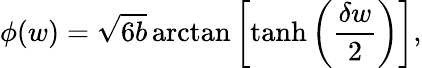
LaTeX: \phi(w)=\sqrt{6b}\arctan\left[\operatorname{tanh}\left(\frac{\delta w}{2}\right)\right],